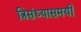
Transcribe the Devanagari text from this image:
त्रिसंध्यासमयी